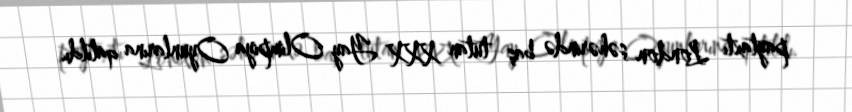
paytaxtı London şəhərində baş tutan XXX Yay Olimpiya Oyunlarına qatıldı.